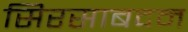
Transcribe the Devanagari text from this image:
सिरसाबदन